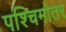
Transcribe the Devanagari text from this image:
पश्चिमोतर